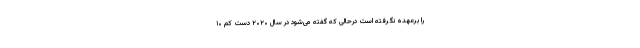
را برعهده نگرفته است درحالی که گفته می‌شود در سال ۲۰۲۰ دست‌ کم ۱۰‌